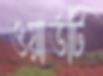
ওয়ার্ডটি